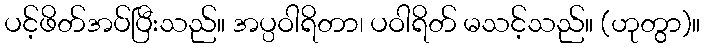
ပင့်ဖိတ်အပ်ပြီးသည်။ အပ္ပဝါရိတာ၊ ပဝါရိတ် မသင့်သည်။ (ဟုတွာ)။